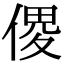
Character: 𠋻